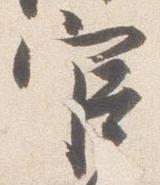
官